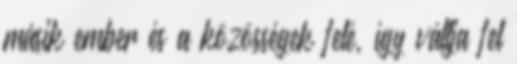
másik ember és a közösségek felé, így váltja fel